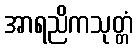
အာရညိကသုတ္တံ